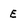
Character: E